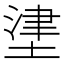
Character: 堻